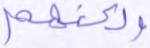
ولكنهم